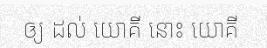
ឲ្យ ដល់ យោគី នោះ យោគី